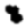
Digit: 8